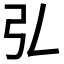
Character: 𢎞